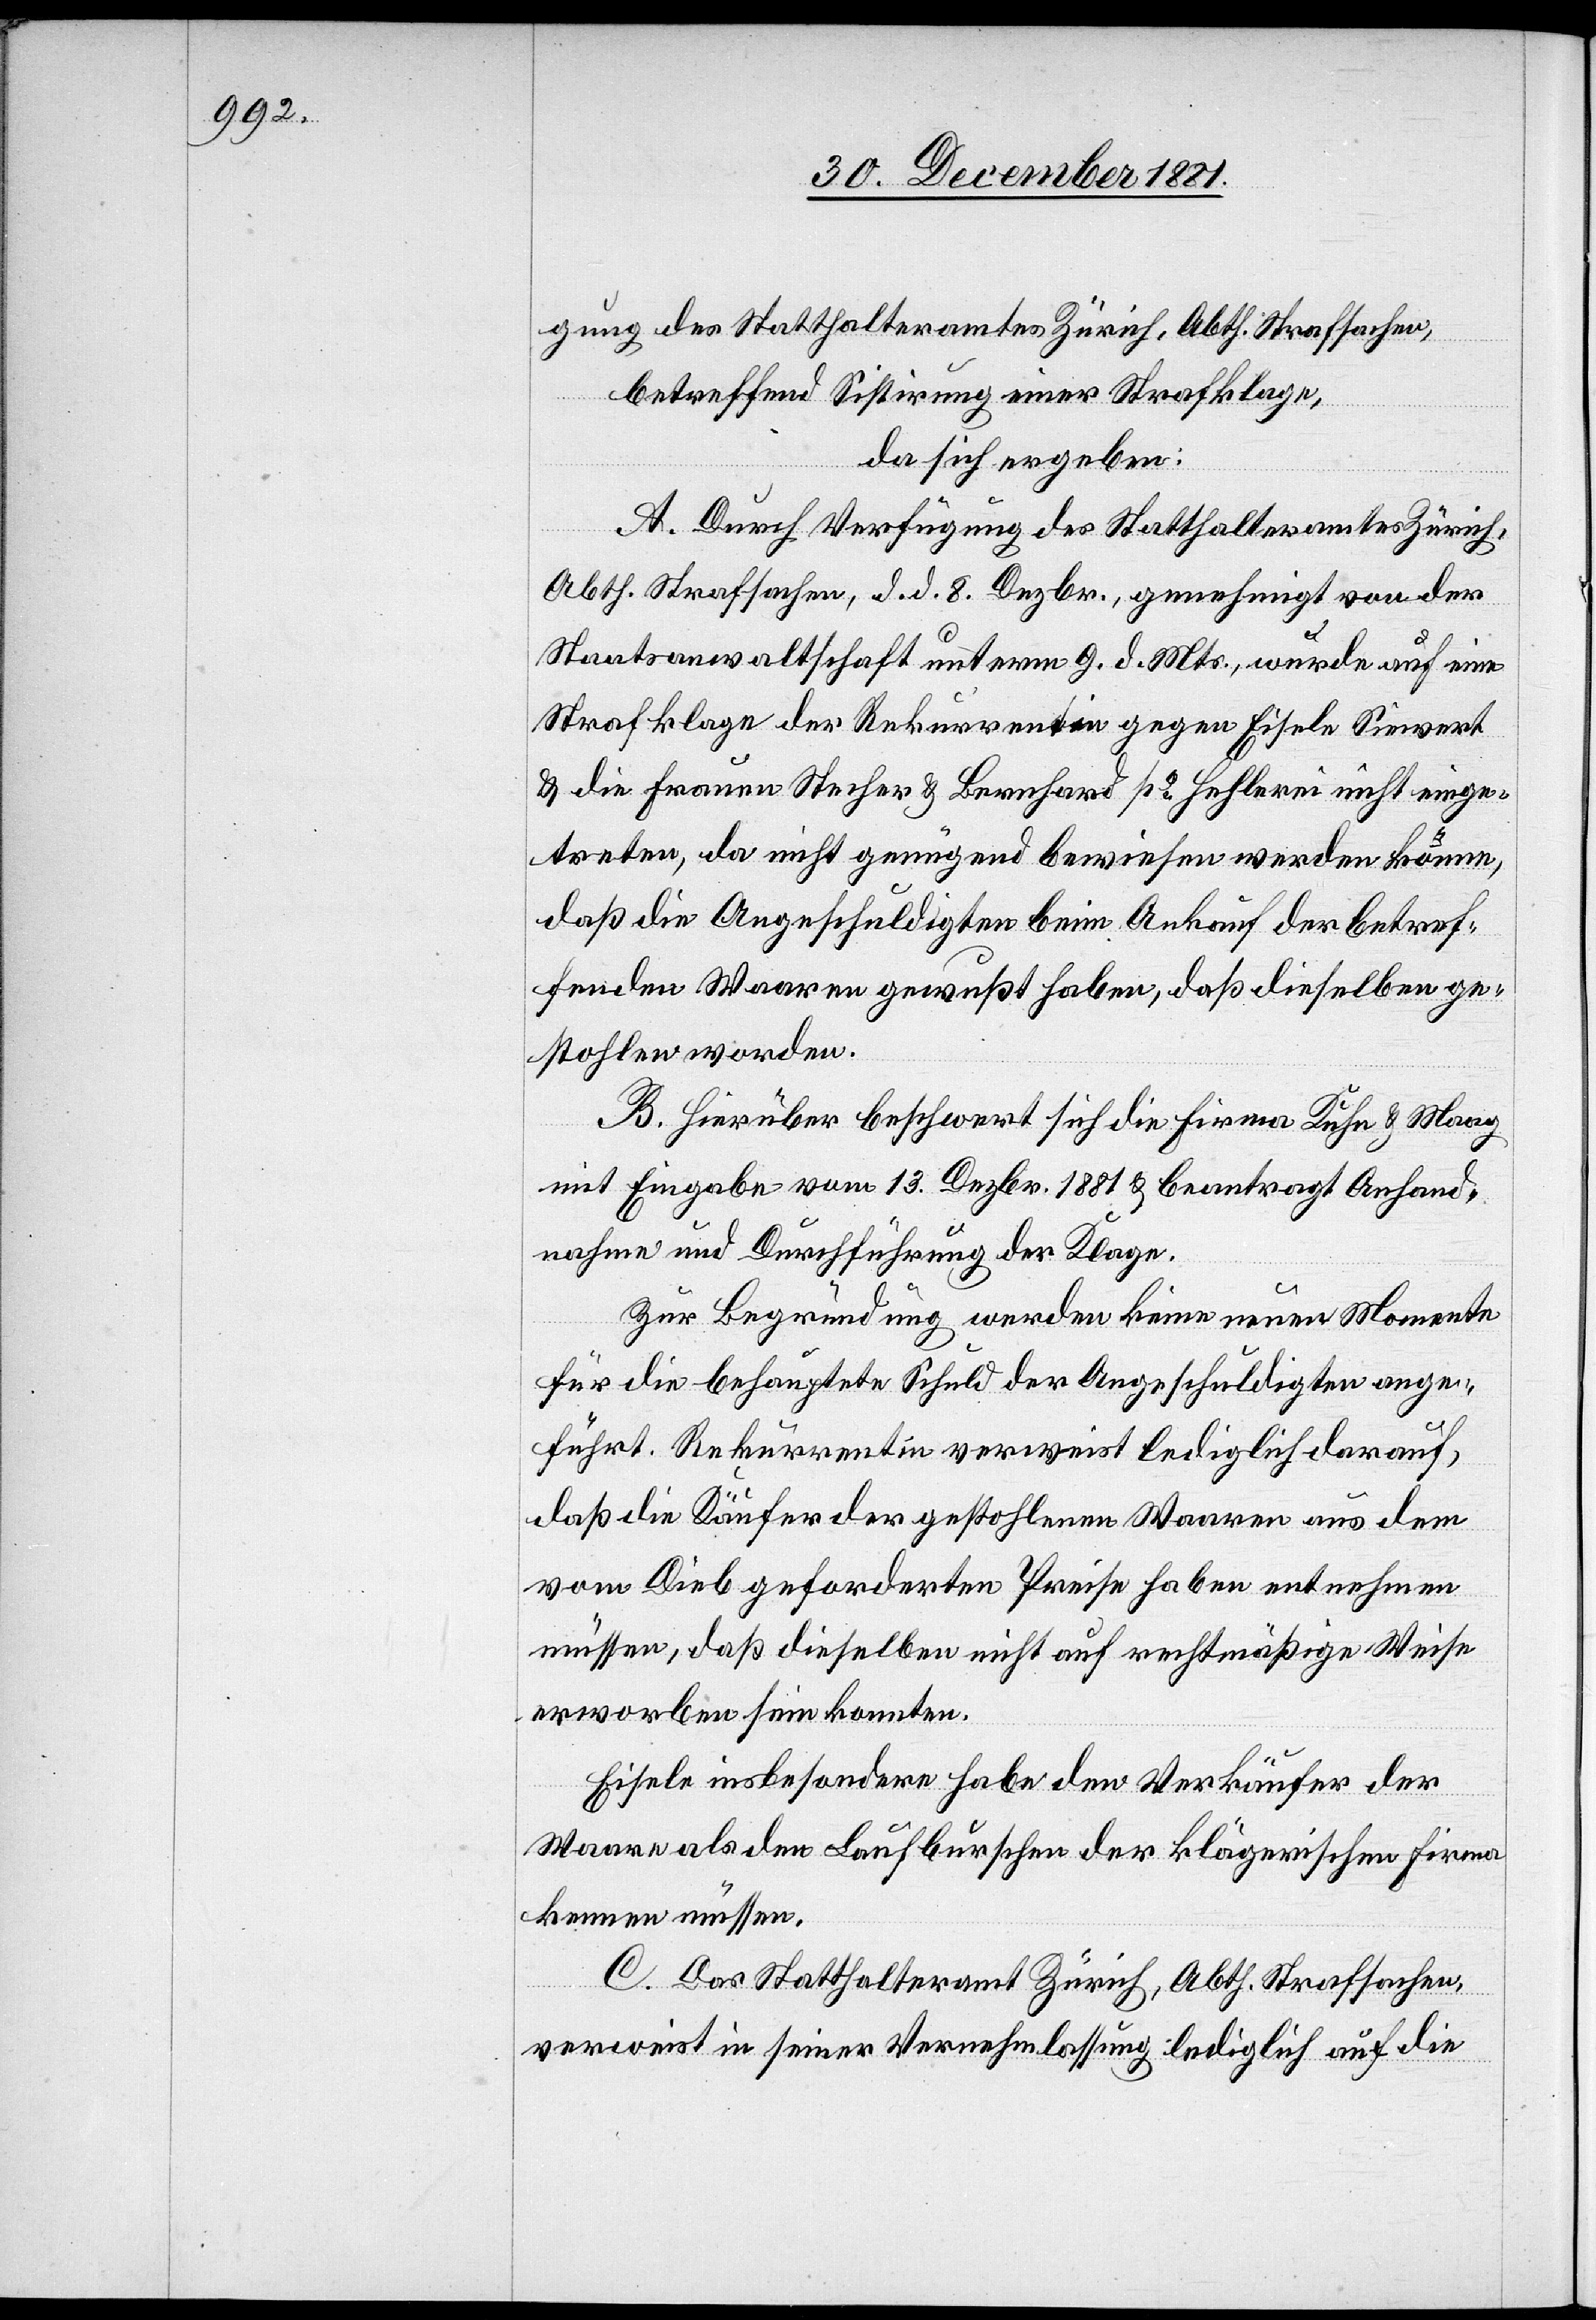
gung des Statthalteramtes Zürich, Abth. Strafsachen,
betreffend Sistirung einer Strafklage,
da sich ergeben:
A. Durch Verfügung des Statthalteramtes Zürich,
Abth. Strafsachen, d. d. 8. Dezbr., genehmigt von der
Staatsanwaltschaft unterm 9. d. Mts., wurde auf eine
Strafklage der Rekurrentin gegen Eisele Sievert
& die Frauen Stecher & Bernhard po Hehlerei nicht einge¬
treten, da nicht genügend bewiesen werden könne,
daß die Angeschuldigten beim Ankauf der betref¬
fenden Waaren gewußt haben, daß dieselben ge¬
stohlen worden.
B. Hierüber beschwert sich die Firma Kühn & Maag
mit Eingabe vom 13. Dezbr. 1881 & beantragt Anhand¬
nahme und Durchführung der Klage.
Zur Begründung werden keine neuen Momente
für die behauptete Schuld der Angeschuldigten ange¬
führt. Rekurrentin verweist lediglich darauf,
daß die Käufer der gestohlenen Waaren aus dem
vom Dieb geforderten Preise haben entnehmen
müssen, daß dieselben nicht auf rechtmäßige Weise
erworben sein konnten.
Eisele insbesondere habe dem Verkäufer der
Waare als den Laufburschen der klägerischen Firma
kennen müssen.
C. Das Statthalteramt Zürich, Abth. Strafsachen
verweist in seiner Vernehmlassung lediglich auf die